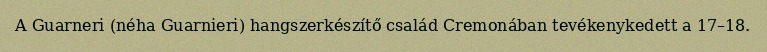
A Guarneri (néha Guarnieri) hangszerkészítő család Cremonában tevékenykedett a 17–18.